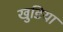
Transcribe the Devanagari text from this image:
खुडिया